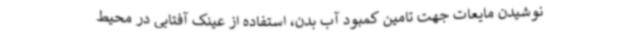
نوشیدن مایعات جهت تامین کمبود آب بدن، استفاده از عینک آفتابی در محیط